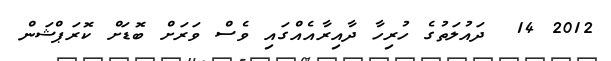
2012 14  ދައުލަތުގެ ހުރިހާ ދާއިރާއެއްގައި ވެސް ވަރަށް ބޮޑަށް ކޮރަޕްޝަން